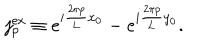
LaTeX: j _ { p } ^ { \mathrm { e x } } \equiv e ^ { i \frac { 2 \pi p } { 2 \pi p } { L } x _ { 0 } } - e ^ { i \frac { 2 \pi p } { 2 \pi p } { L } y _ { 0 } } .